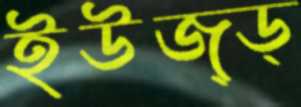
ইউজ্ড্